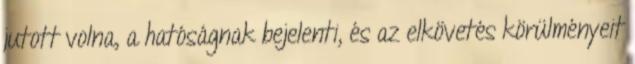
jutott volna, a hatóságnak bejelenti, és az elkövetés körülményeit